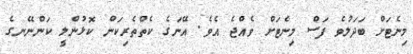
މިނެޓަށް ބަދަލުވެ ފަސް މިނެޓަށް ވެއްޖެ އެވެ. އޭނަގެ ކެތްތެރިކަން ކޮޅުންލީ ކަންނޭނގެ